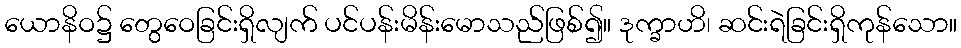
ယောနိဝ၌ တွေဝေခြင်းရှိလျက် ပင်ပန်းမိန်းမောသည်ဖြစ်၍။ ဒုက္ခာဟိ၊ ဆင်းရဲခြင်းရှိကုန်သော။